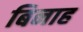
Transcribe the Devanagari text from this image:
बिनाह